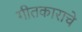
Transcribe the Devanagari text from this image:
गीतकाराचे